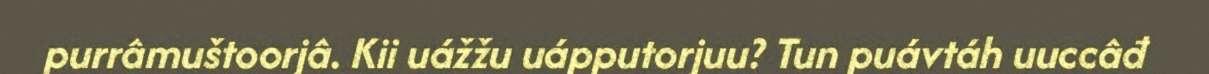
purrâmuštoorjâ. Kii uážžu uápputorjuu? Tun puávtáh uuccâđ